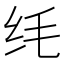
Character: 𫄜